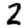
Digit: 2